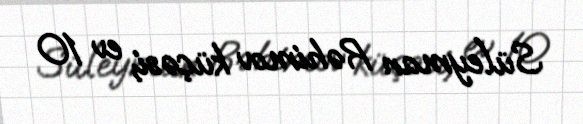
Süleyman Rəhimov küçəsi, ev 10